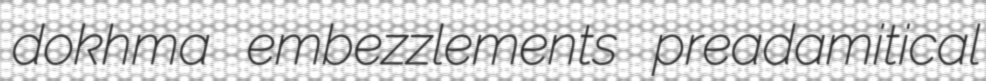
dokhma embezzlements preadamitical